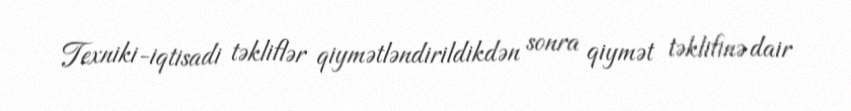
Texniki-iqtisadi təkliflər qiymətləndirildikdən sonra qiymət təklifinə dair